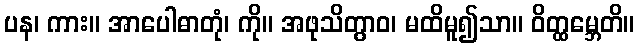
ပန၊ ကား။ အာပေါဓာတုံ၊ ကို။ အဖုသိတွာဝ၊ မထိမူ၍သာ။ ဝိတ္ထမ္ဘေတိ။